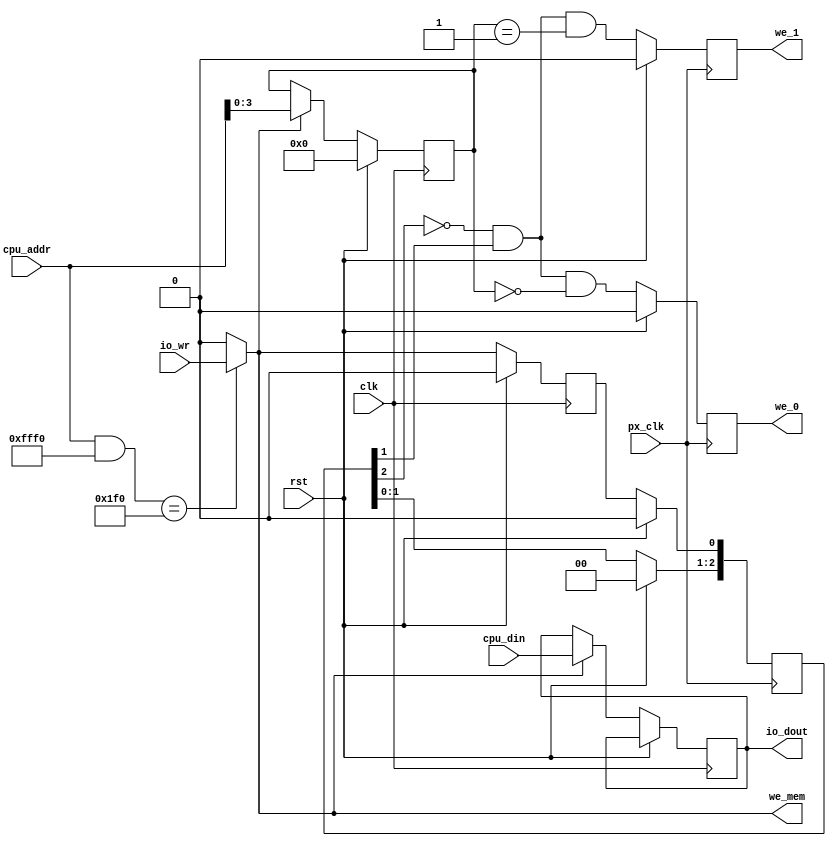
module IOFunctionDecodeWriteBlock #(
	parameter DATA_WIDTH = 16,
	parameter ADDRESS_WIDTH = 16,
	parameter BLOCK_SIZE = 4,
	parameter IO_BASE_ADDR = 9'h1F0,
	parameter IO_BASE_MASK = 16'hFFFF << BLOCK_SIZE
) (
	input wire [DATA_WIDTH - 1:0] cpu_din,
	input wire [ADDRESS_WIDTH - 1:0] cpu_addr,
	
	input wire io_wr,
	input wire rst,
	
	input wire clk,
	input wire px_clk,
	
	output reg [DATA_WIDTH - 1:0] io_dout,
	output reg we_0,
	output reg we_1,
	output we_mem
);



wire io_block_decode;
wire io_decode_en;

reg [BLOCK_SIZE - 1:0] io_addr;
reg delayed_strobe;
reg [2:0] sync_reg;

assign io_block_decode = ((cpu_addr & IO_BASE_MASK) == IO_BASE_ADDR) ? io_wr : 0;
assign io_decode_en = ~sync_reg[2] & sync_reg[1];

assign we_mem = io_block_decode;

//Not being used in current design
always @(posedge clk) begin
	
	if(rst) begin
		io_addr <= {BLOCK_SIZE{1'b0}}; delayed_strobe <= 0;
	end else begin
	
		if(io_block_decode) begin
			io_dout <= cpu_din;
			io_addr <= cpu_addr[BLOCK_SIZE - 1:0];
		end
		
		delayed_strobe <= io_block_decode;
	end
end

//Not being used in current design
always @(posedge px_clk) begin
    if(rst) begin
		we_0 <= 0; we_1 <= 0; sync_reg <= 3'b0;
	 end
	 else begin
		sync_reg[0] <= delayed_strobe;
		sync_reg[2:1] <= sync_reg[1:0];
		
		we_0 <= io_decode_en & (io_addr == {BLOCK_SIZE{1'b0}});
		we_1 <= io_decode_en & (io_addr == {{(BLOCK_SIZE-1){1'b0}},1'b1});
		end
end

endmodule